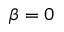
\beta = 0